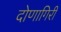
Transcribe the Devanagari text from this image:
दोणागिरी